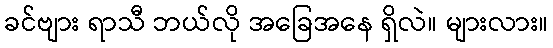
ခင်ဗျား ရာသီ ဘယ်လို အခြေအနေ ရှိလဲ။ များလား။